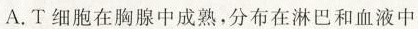
A.T细胞在胸腺中成熟，分布在淋巴和血液中